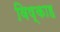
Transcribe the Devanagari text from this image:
विष्काह